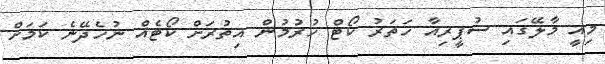
މިއީ މާލޭގައި ސުޕީރިއާ ހަތަރު ކޯޓް ހުރުމުން އިތުރަށް ކޯޓެއް ނުހެދޭނެ ކަމަށް